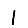
Digit: 1